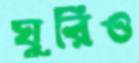
ঘুরিও